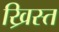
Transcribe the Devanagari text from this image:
ख्रिस्‍त्‍ा